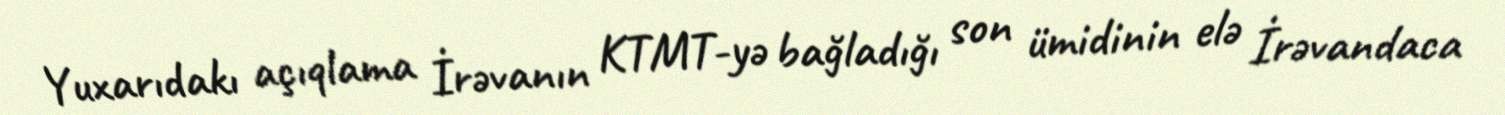
Yuxarıdakı açıqlama İrəvanın KTMT-yə bağladığı son ümidinin elə İrəvandaca